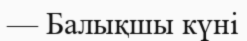
— Балықшы күні